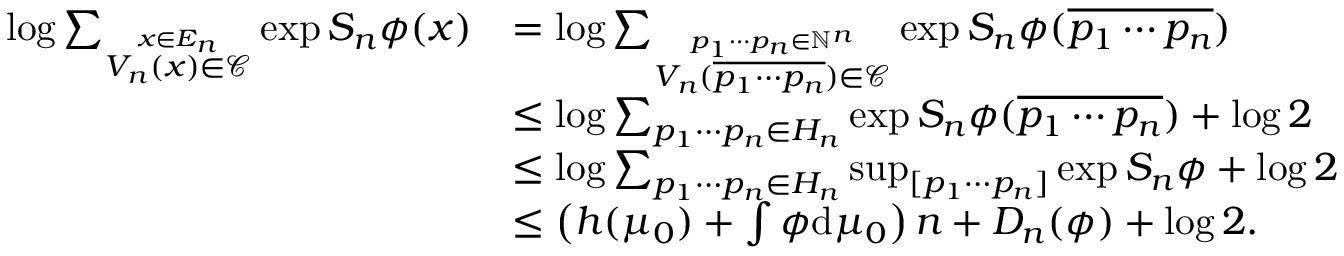
\begin{array} { r l } { \log \sum _ { \stackrel { x \in E _ { n } } { V _ { n } ( x ) \in \mathcal C } } \exp S _ { n } \phi ( x ) } & { = \log \sum _ { \stackrel { p _ { 1 } \cdots p _ { n } \in \mathbb N ^ { n } } { V _ { n } ( \overline { { p _ { 1 } \cdots p _ { n } } } ) \in \mathcal C } } \exp S _ { n } \phi ( \overline { { p _ { 1 } \cdots p _ { n } } } ) } \\ & { \leq \log \sum _ { p _ { 1 } \cdots p _ { n } \in H _ { n } } \exp S _ { n } \phi ( \overline { { p _ { 1 } \cdots p _ { n } } } ) + \log 2 } \\ & { \leq \log \sum _ { p _ { 1 } \cdots p _ { n } \in H _ { n } } \operatorname* { s u p } _ { [ p _ { 1 } \cdots p _ { n } ] } \exp S _ { n } \phi + \log 2 } \\ & { \leq \left( h ( \mu _ { 0 } ) + \int \phi \mathrm { d } \mu _ { 0 } \right) n + D _ { n } ( \phi ) + \log 2 . } \end{array}